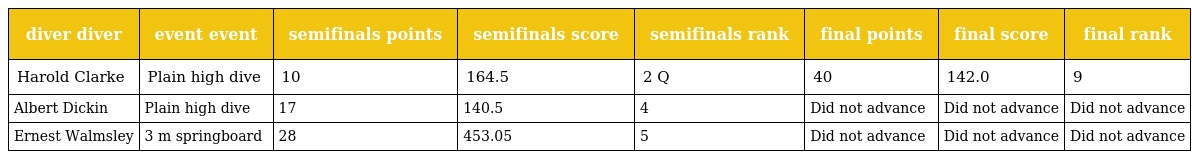
| diver diver | event event | semifinals points | semifinals score | semifinals rank | final points | final score | final rank |
 | --- | --- | --- | --- | --- | --- | --- | --- |
 | Harold Clarke | Plain high dive | 10 | 164.5 | 2 Q | 40 | 142.0 | 9 |
 | Albert Dickin | Plain high dive | 17 | 140.5 | 4 | Did not advance | Did not advance | Did not advance |
 | Ernest Walmsley | 3 m springboard | 28 | 453.05 | 5 | Did not advance | Did not advance | Did not advance |